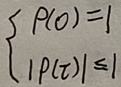
\[
\begin{cases}
\rho(0)=1 \\
|\rho(\tau)|\leq1
\end{cases}
\]